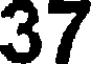
37